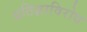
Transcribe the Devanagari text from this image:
प्रतिज्ञाविरोध